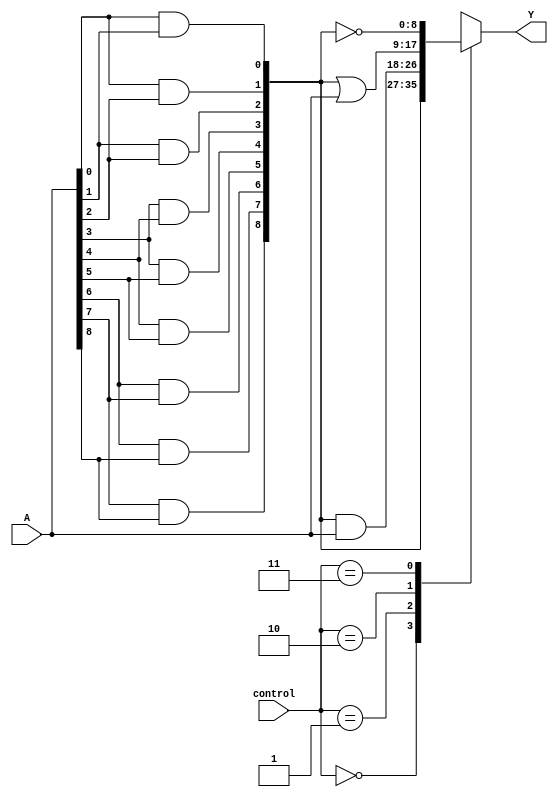
module adjacency_groups (
    input wire [8:0] A, // 3x3 grid of input signals
    input wire [1:0] control, // Control signals for operation mode
    output reg [8:0] Y // Output signals
);

// Internal signals for adjacency detection
wire [8:0] adj;

// Adjacency detection logic
assign adj[0] = A[0] & A[1]; // Top row left
assign adj[1] = A[0] & A[2]; // Top row center
assign adj[2] = A[1] & A[2]; // Top row right
assign adj[3] = A[3] & A[4]; // Middle row left
assign adj[4] = A[3] & A[5]; // Middle row center
assign adj[5] = A[4] & A[5]; // Middle row right
assign adj[6] = A[6] & A[7]; // Bottom row left
assign adj[7] = A[6] & A[8]; // Bottom row center
assign adj[8] = A[7] & A[8]; // Bottom row right

// Combinational logic based on control signals
always @(*) begin
    case (control)
        2'b00: Y = adj; // Output adjacency detection results
        2'b01: Y = adj & A; // AND operation with original inputs
        2'b10: Y = adj | A; // OR operation with original inputs
        2'b11: Y = ~adj; // NOT operation on adjacency results
        default: Y = 9'b0; // Default case
    endcase
end

endmodule